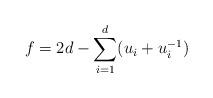
LaTeX: \begin{align*}f = 2d - \sum_{i=1}^d (u_i + u_i^{-1})\end{align*}